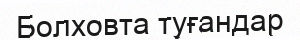
Болховта туғандар